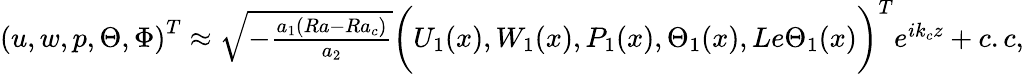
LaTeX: \begin{array}{r}{\left(u,w,p,\Theta,\Phi\right)^{T}\approx\sqrt{-\frac{a_{1}(Ra-Ra_{c})}{a_{2}}}\bigg(U_{1}(x),W_{1}(x),P_{1}(x),\Theta_{1}(x),Le\Theta_{1}(x)\bigg)^{T}e^{ik_{c}z}+c.c,}\end{array}